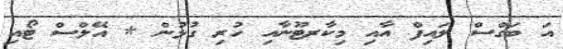
އަ ބަގްސް ލައިފް އާއި މިކާރޓޫނާއި ހުރި ގުޅުން * އޭލްސް ޓޯއި